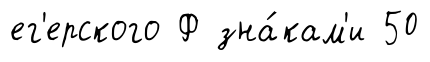
ег'ерского Ф зна́кам'и 50